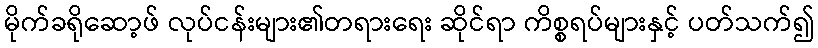
မိုက်ခရိုဆော့ဖ် လုပ်ငန်းများ၏တရားရေး ဆိုင်ရာ ကိစ္စရပ်များနှင့် ပတ်သက်၍